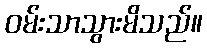
ဝမ်းသာသွားမိသည်။